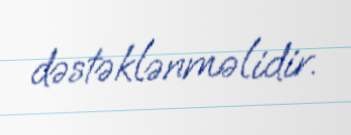
dəstəklənməlidir.